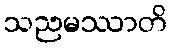
သညမဿာတိ